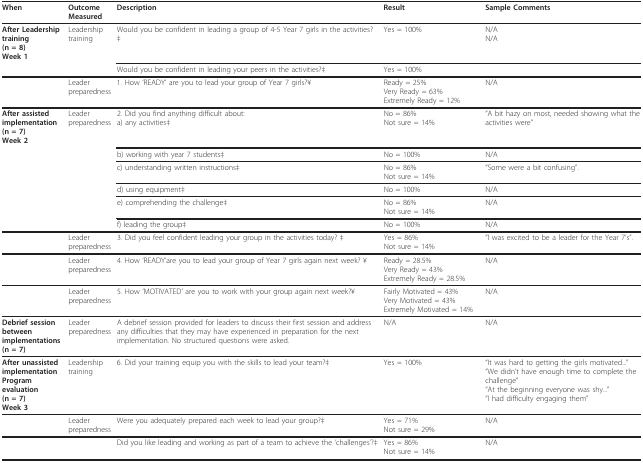
<table><thead><tr><td><b>When</b></td><td><b>Outcome Measured</b></td><td><b>Description</b></td><td><b>Result</b></td><td><b>Sample Comments</b></td></tr></thead><tbody><tr><td><b>After Leadership training</b><b>(n = 8)</b><b>Week 1</b></td><td>Leadership training</td><td>Would you be confident in leading a group of 4-5 Year 7 girls in the activities? ‡</td><td>Yes = 100%</td><td>N/AN/A</td></tr><tr><td></td><td></td><td>Would you be confident in leading your peers in the activities?‡</td><td>Yes = 100%</td><td></td></tr><tr><td></td><td>Leader preparedness</td><td>1. How &#x27;READY&#x27; are you to lead your group of Year 7 girls?¥</td><td>Ready = 25%Very Ready = 63%Extremely Ready = 12%</td><td>N/A</td></tr><tr><td><b>After assisted implementation</b><b>(n = 7)</b><b>Week 2</b></td><td>Leader preparedness</td><td>2. Did you find anything difficult about:a) any activities‡</td><td>No = 86%Not sure = 14%</td><td>&quot;A bit hazy on most, needed showing what the activities were&quot;</td></tr><tr><td></td><td></td><td>b) working with year 7 students‡</td><td>No = 100%</td><td>N/A</td></tr><tr><td></td><td></td><td>c) understanding written instructions‡</td><td>No = 86%Not sure = 14%</td><td>&quot;Some were a bit confusing&quot;.</td></tr><tr><td></td><td></td><td>d) using equipment‡</td><td>No = 100%</td><td>N/A</td></tr><tr><td></td><td></td><td>e) comprehending the challenge‡</td><td>No = 86%Not sure = 14%</td><td>N/A</td></tr><tr><td></td><td></td><td>f) leading the group‡</td><td>No = 100%</td><td>N/A</td></tr><tr><td></td><td>Leader preparedness</td><td>3. Did you feel confident leading your group in the activities today? ‡</td><td>Yes = 86%Not sure = 14%</td><td>&quot;I was excited to be a leader for the Year 7&#x27;s&quot;.</td></tr><tr><td></td><td>Leader preparedness</td><td>4. How &#x27;READY&#x27;are you to lead your group of Year 7 girls again next week? ¥</td><td>Ready = 28.5%Very Ready = 43%Extremely Ready = 28.5%</td><td>N/A</td></tr><tr><td></td><td>Leader preparedness</td><td>5. How &#x27;MOTIVATED&#x27; are you to work with your group again next week?¥</td><td>Fairly Motivated = 43%Very Motivated = 43%Extremely Motivated = 14%</td><td>N/A</td></tr><tr><td><b>Debrief session between implementations</b><b>(n = 7)</b></td><td>Leader preparedness</td><td>A debrief session provided for leaders to discuss their first session and address any difficulties that they may have experienced in preparation for the next implementation. No structured questions were asked.</td><td>N/A</td><td>N/A</td></tr><tr><td><b>After unassisted</b><b>implementation</b><b>Program evaluation</b><b>(n = 7)</b><b>Week 3</b></td><td>Leadership training</td><td>6. Did your training equip you with the skills to lead your team?‡</td><td>Yes = 100%</td><td>&quot;It was hard to getting the girls motivated...&quot;&quot;We didn&#x27;t have enough time to complete the challenge&quot;&quot;At the beginning everyone was shy...&quot;&quot;I had difficulty engaging them&quot;</td></tr><tr><td></td><td>Leader preparedness</td><td>Were you adequately prepared each week to lead your group?‡</td><td>Yes = 71%Not sure = 29%</td><td>N/A</td></tr><tr><td></td><td></td><td>Did you like leading and working as part of a team to achieve the &#x27;challenges&#x27;?‡</td><td>Yes = 86%Not sure = 14%</td><td>N/A</td></tr></tbody></table>